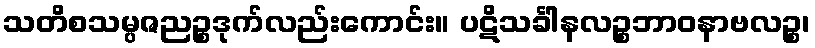
သတိစသမ္ပဇညဉ္စဒုက်လည်းကောင်း။ ပဋိသင်္ခါနလဉ္စဘာဝနာဗလဉ္စ၊